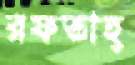
রফতাহ্